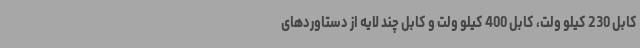
کابل 230 کیلو ولت، کابل 400 کیلو ولت و کابل چند لایه از دستاوردهای